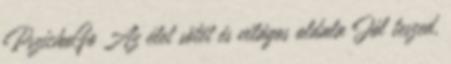
PszichoGo Az élet sötét és világos oldala Jól teszed,